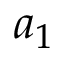
a _ { 1 }